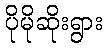
ပိုမိုဆိုးရွား